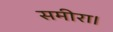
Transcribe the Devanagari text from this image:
समीरा।